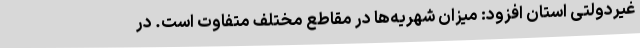
غیردولتی استان افزود: میزان شهریه‌ها در مقاطع مختلف متفاوت است. در